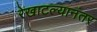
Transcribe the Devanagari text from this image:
रेखाटल्यानंतर